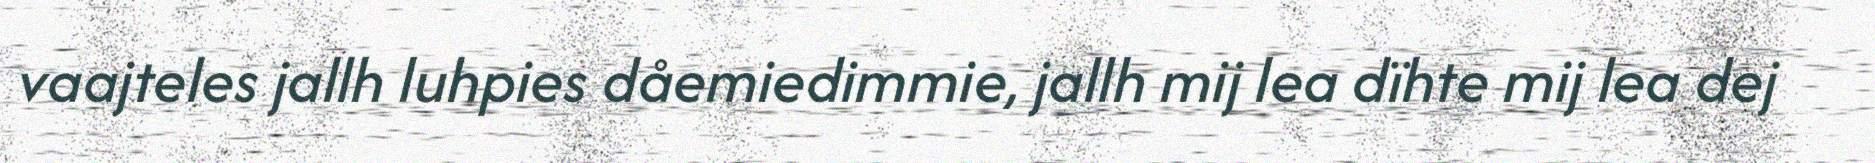
vaajteles jallh luhpies dåemiedimmie, jallh mij lea dïhte mij lea dej